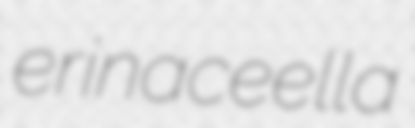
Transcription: erinaceella